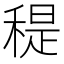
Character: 䅠